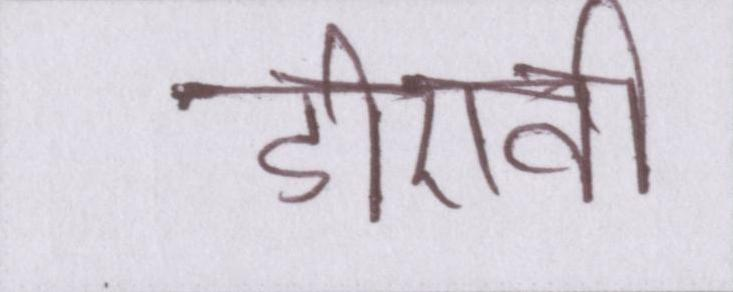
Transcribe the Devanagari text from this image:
डीएवी